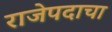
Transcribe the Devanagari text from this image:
राजेपदाचा